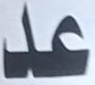
عد